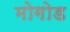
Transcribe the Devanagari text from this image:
मोगोड